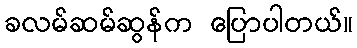
ခလမ်ဆမ်ဆွန်က ပြောပါတယ်။